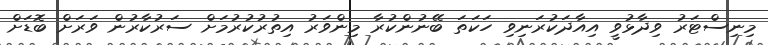
މިނިސްޓަރު ވިދާޅުވީ އިއާދަކުރަނިވި ހަކަތަ ބޭނުންކުރާ މިންވަރު އިތުރުކުުރުމަށް ސަރުކާރުން ވަރަށް ބޮޑަށް